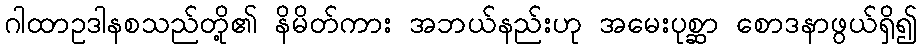
ဂါထာဥဒါနစသည်တို့၏ နိမိတ်ကား အဘယ်နည်းဟု အမေးပုစ္ဆာ စောဒနာဖွယ်ရှိ၍